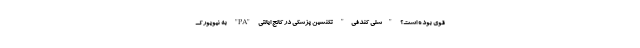
قوی بوده است؟ "شلی کندفی" تکنسین پزشکی در کالج ایالتی "PA" به نیویورک